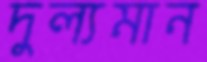
দুল্যমান